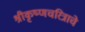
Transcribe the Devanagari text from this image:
श्रीकृष्णचरित्राचे